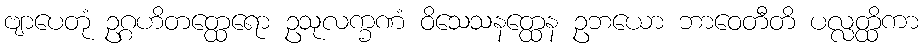
ဗျာပေတုံ ဥဂ္ဂဟိတတ္ထေရော ဥသုလက္ခဏံ ဝိသေသနတ္ထေန ဥဘယော ဘာဝေတီတိ ပလ္လတ္ထိကာ